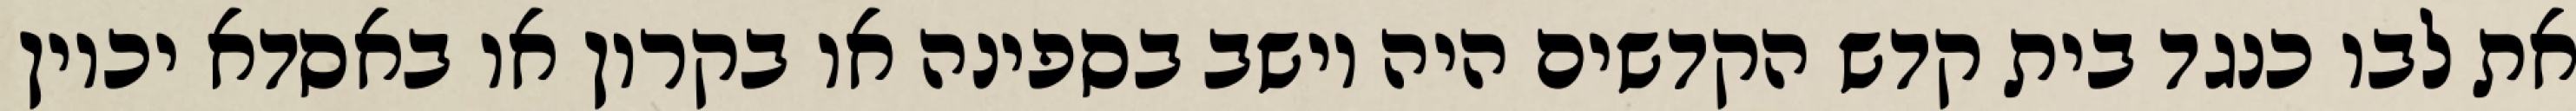
את לבו כנגד בית קדש הקדשים היה יושב בספינה או בקרון או באסדא יכוין